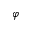
\varphi